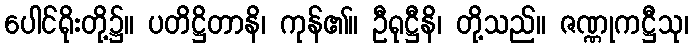
ပေါင်ရိုးတို့၌။ ပတိဋ္ဌိတာနိ၊ ကုန်၏။ ဦရုဋ္ဌီနိ၊ တို့သည်။ ဇဏ္ဏုကဋ္ဌီသု၊